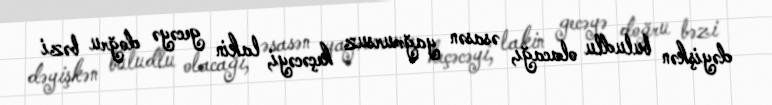
dəyişkən buludlu olacağı, əsasən yağmursuz keçəcəyi, lakin gecəyə doğru bəzi